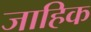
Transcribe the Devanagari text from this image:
जाहिक